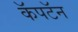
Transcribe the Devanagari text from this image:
कॅपटॅन